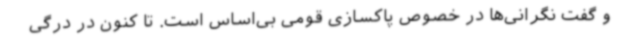
و گفت نگرانی‌ها در خصوص پاکسازی قومی بی‌اساس است. تا کنون در درگی